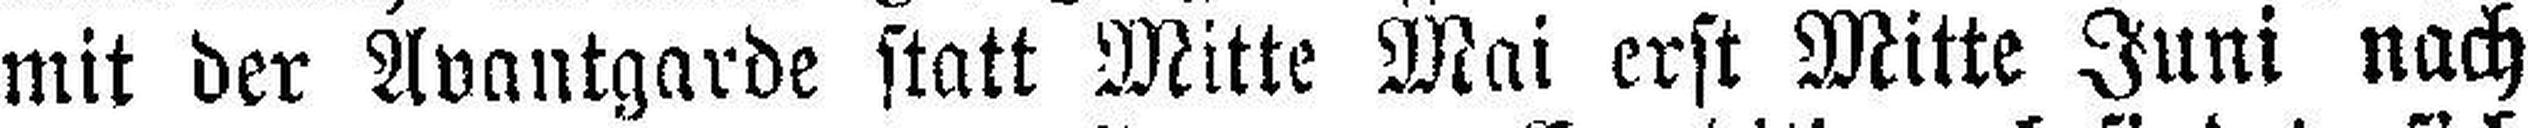
mit der Avantgarde statt Mitte Mai erst Mitte Juni nach